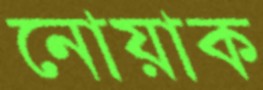
নোয়াক